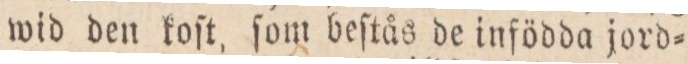
wid den koſt, ſom beſtås de infödda jord=